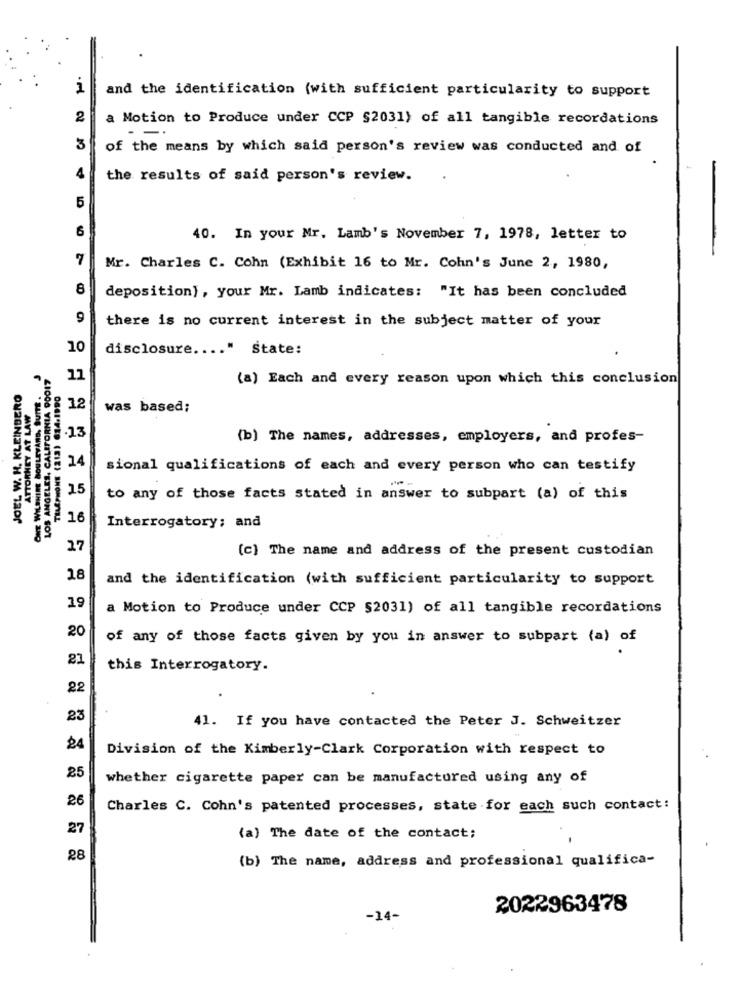
1
and the identification (with sufficient particularity to support
2
a Motion to Produce under CCP §2031) of all tangible recordations
-.
3
of the means by which said person's review was conducted and of
4
the results of said person's review.
5
6
40. In your Mr. Lamb's November 7, 1978, letter to
-
7
Mr. Charles C. Cohn (Exhibit 16 to Mr. Cohn's June 2, 1980,
8
deposition), your Mr. Lamb indicates: "It has been concluded
9
there is no current interest in the subject matter of your
10
disclosure .... " State:
ONE WILSHIRE BOULEVARD, SUITE.
LOS ANGELES, CALIFORNIA 90017
11
(a) Each and every reason upon which this conclusion
JOEL W. H. KLEINBERO
ATTORNEY AT LAW
12
was based;
.13
(b) The names, addresses, employers, and profes-
14
sional qualifications of each and every person who can testify
15
to any of those facts stated in answer to subpart (a) of this
16
Interrogatory; and
27
(c) The name and address of the present custodian
18
and the identification (with sufficient particularity to support
19
a Motion to Produce under CCP §2031) of all tangible recordations
20
of any of those facts given by you in answer to subpart (a) of
21
this Interrogatory.
22
23
41. If you have contacted the Peter J. Schweitzer
24
Division of the Kimberly-Clark Corporation with respect to
25
whether cigarette paper can be manufactured using any of
26
Charles C. Cohn's patented processes, state for each such contact:
27
(a) The date of the contact;
28
(b) The name, address and professional qualifica-
2022963478
-14-